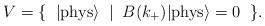
LaTeX: \begin{align*}V=\{\;\;|{\rm phys}{\rangle}\;\;|\;\; B(k_+)|{\rm phys}{\rangle}=0\;\; \}.\end{align*}